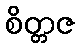
စိတ္တဇ